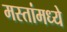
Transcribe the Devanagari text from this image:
मस्तांमध्ये